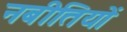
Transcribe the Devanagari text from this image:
नबीतियों